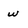
Character: w